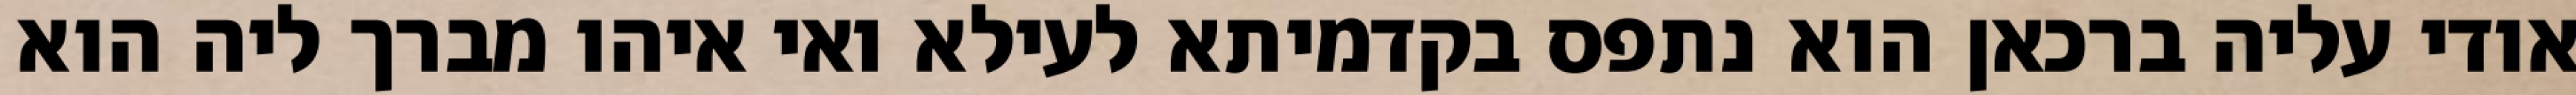
אודי עליה ברכאן הוא נתפס בקדמיתא לעילא ואי איהו מברך ליה הוא